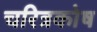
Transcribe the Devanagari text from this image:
चरित्रकोष